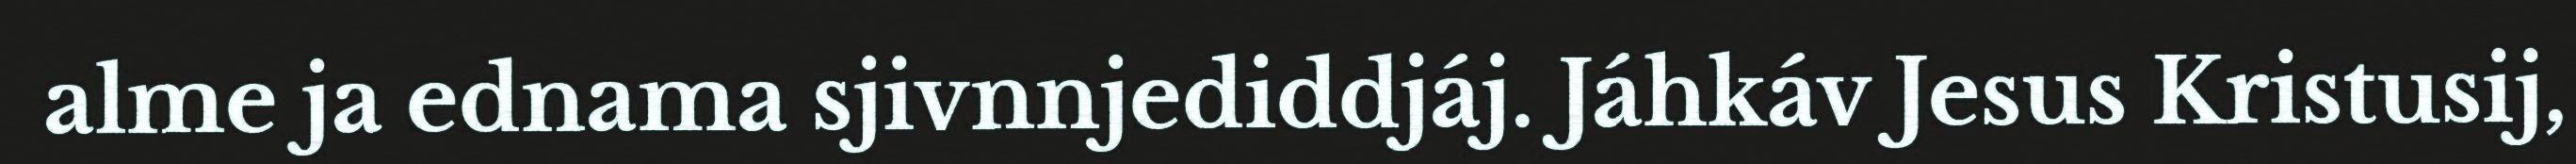
alme ja ednama sjivnnjediddjáj. Jáhkáv Jesus Kristusij,